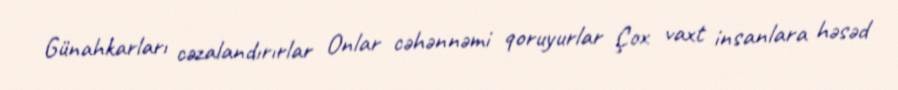
Günahkarları cəzalandırırlar Onlar cəhənnəmi qoruyurlar Çox vaxt insanlara həsəd